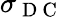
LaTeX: \sigma_{\mathrm{~D~C~}}